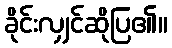
ခိုင်းလျှင်ဆိုပြ၏။